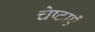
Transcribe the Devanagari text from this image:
चेष्टाएॅं